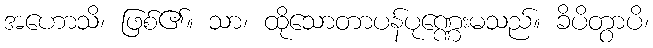
အဟောသိ၊ ဖြစ်၏။ သာ၊ ထိုသောတာပန်ပုဏ္ဏေးမသည်။ ခိပိတွာပိ၊